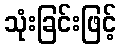
သုံးခြင်းဖြင့်